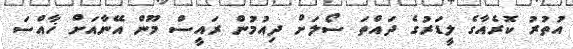
އުތުރު ކޮރެއާގެ ލީޑަރުގެ ދައްތަ ސޯލަށް ދިއުމުން ރައީސް މޫން އޭނާއަށް ޚާއްސަ